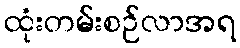
ထုံးတမ်းစဉ်လာအရ